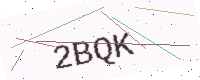
Text: 2BQK